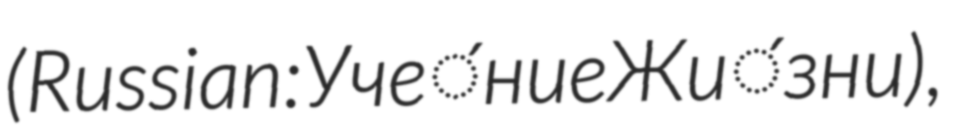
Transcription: (Russian: Уче́ние Жи́зни),